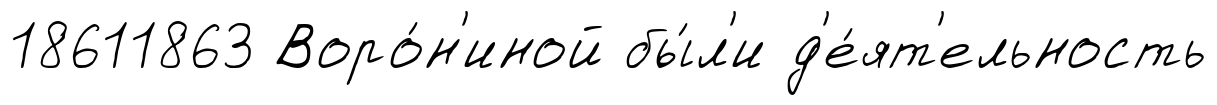
18611863 Воро́н'иной бы́л'и д'е́ят'ельность